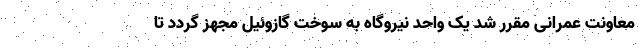
معاونت عمرانی مقرر شد یک ‌واحد نیروگاه به سوخت گازوئیل مجهز گردد تا